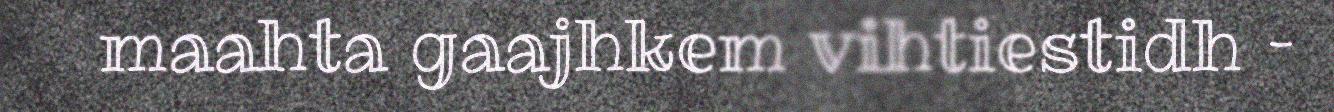
maahta gaajhkem vihtiestidh –